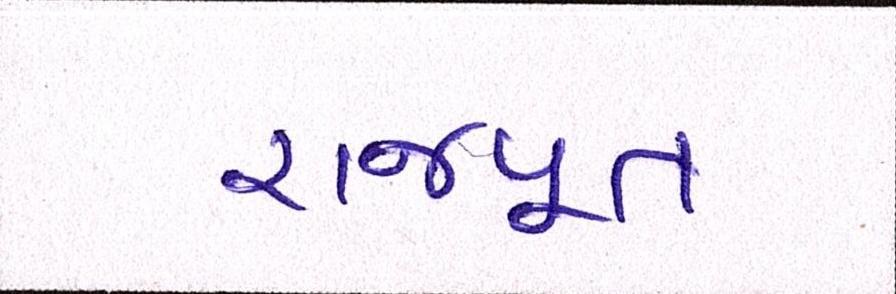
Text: રાજપૂત